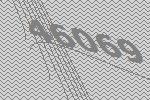
46069